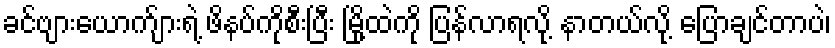
ခင်ဗျားယောက်ျားရဲ့ ဖိနပ်ကိုစီးပြီး မြို့ထဲကို ပြန်လာရလို့ နာတယ်လို့ ပြောချင်တာပဲ၊